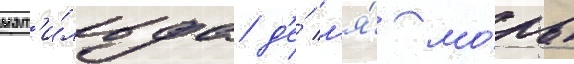
мат'и́льда д'е́ л'я́ мо́ль